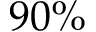
9 0 \%